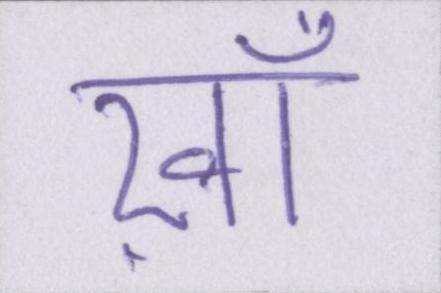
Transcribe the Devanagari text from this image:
ख़ाँ